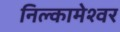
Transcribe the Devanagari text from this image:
निल्कामेश्वर